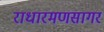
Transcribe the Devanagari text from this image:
राधारमणसागर